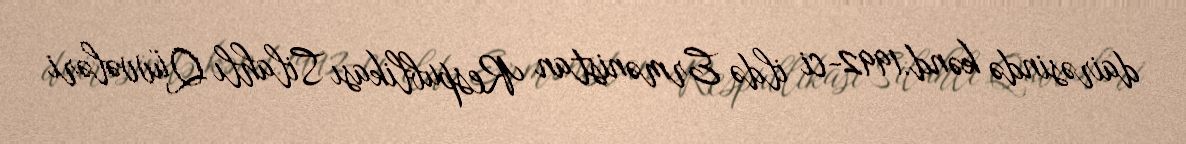
dairəsində kənd.1992-ci ildə Ermənistan Respublikası Silahlı Qüvvələri